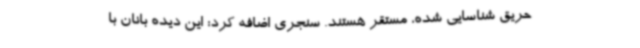
حریق شناسایی شده‌، مستقر هستند. سنجری اضافه کرد: این دیده بانان با